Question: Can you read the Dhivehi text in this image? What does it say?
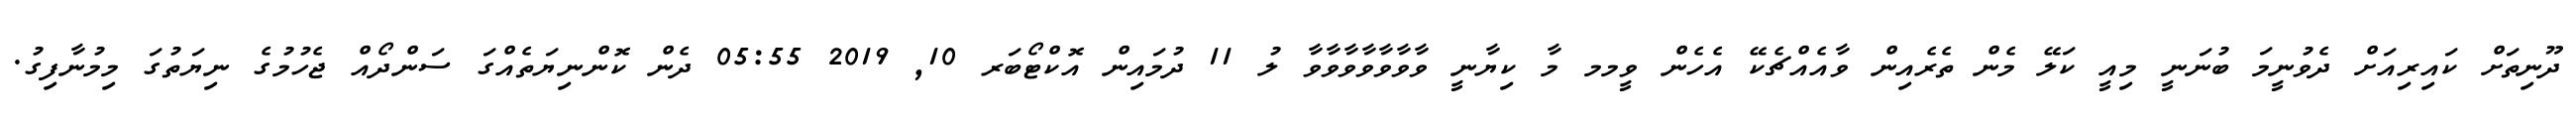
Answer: ދޫނިތަށް ކައިރިއަށް ދެވުނީމަ ބުނަނީ މިއީ ކަލޭ މެން ތެރެއިން ވާއެއްޗެކޭ އެހެން ވީމމ މާ ކިޔާނީ ވާވާވާވާވާވާވާ ލު 11 ދުމައިން އޮކްޓޯބަރ 10, 2019 05:55 ދެން ކޮންނިޔަތެއްގަ ސަންދޯއް ޖެހުމުގެ ނިޔަތުގަ މިމުނާފިގު.